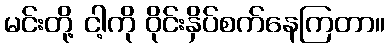
မင်းတို့ ငါ့ကို ဝိုင်းနှိပ်စက်နေကြတာ။